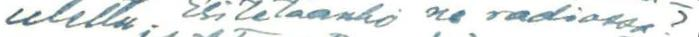
utettu. Esitetäänkö ne radiossa?